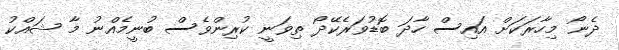
ދެނޯ މިހާރަކަށް އައިސް ހާދަ ބޮޑުވަރެކޭދޯ ތިވަނީ ކުރިންވެސް ބުނީމެއްނު މާ ޝައްކު